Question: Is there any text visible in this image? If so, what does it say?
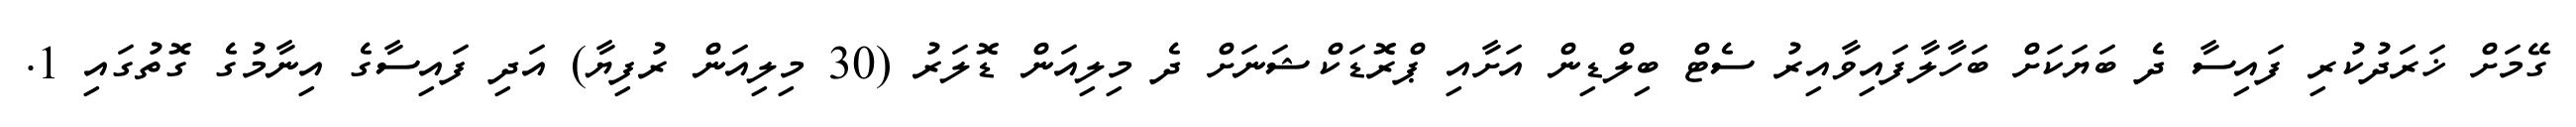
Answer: ގޭމަށް ޚަރަދުކުރި ފައިސާ ދެ ބަޔަކަށް ބަހާލާފައިވާއިރު ސެޓް ބިލްޑިން އަށާއި ޕްރޮޑަކްޝަނަށް ދެ މިލިއަން ޑޮލަރު (30 މިލިއަން ރުފިޔާ) އަދި ފައިސާގެ އިނާމުގެ ގޮތުގައި 1.